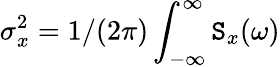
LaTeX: \sigma_{x}^{2}=1/(2\pi)\int_{-\infty}^{\infty}\mathtt{S}_{x}(\omega)